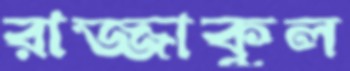
রাজ্জাকুল